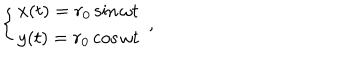
\left\{ \begin{array} { l l } { { x ( t ) = r _ { 0 } \sin \omega { t } } } \\ { { y ( t ) = r _ { 0 } \cos \omega { t } } } \\ \end{array} \right. \, { , }